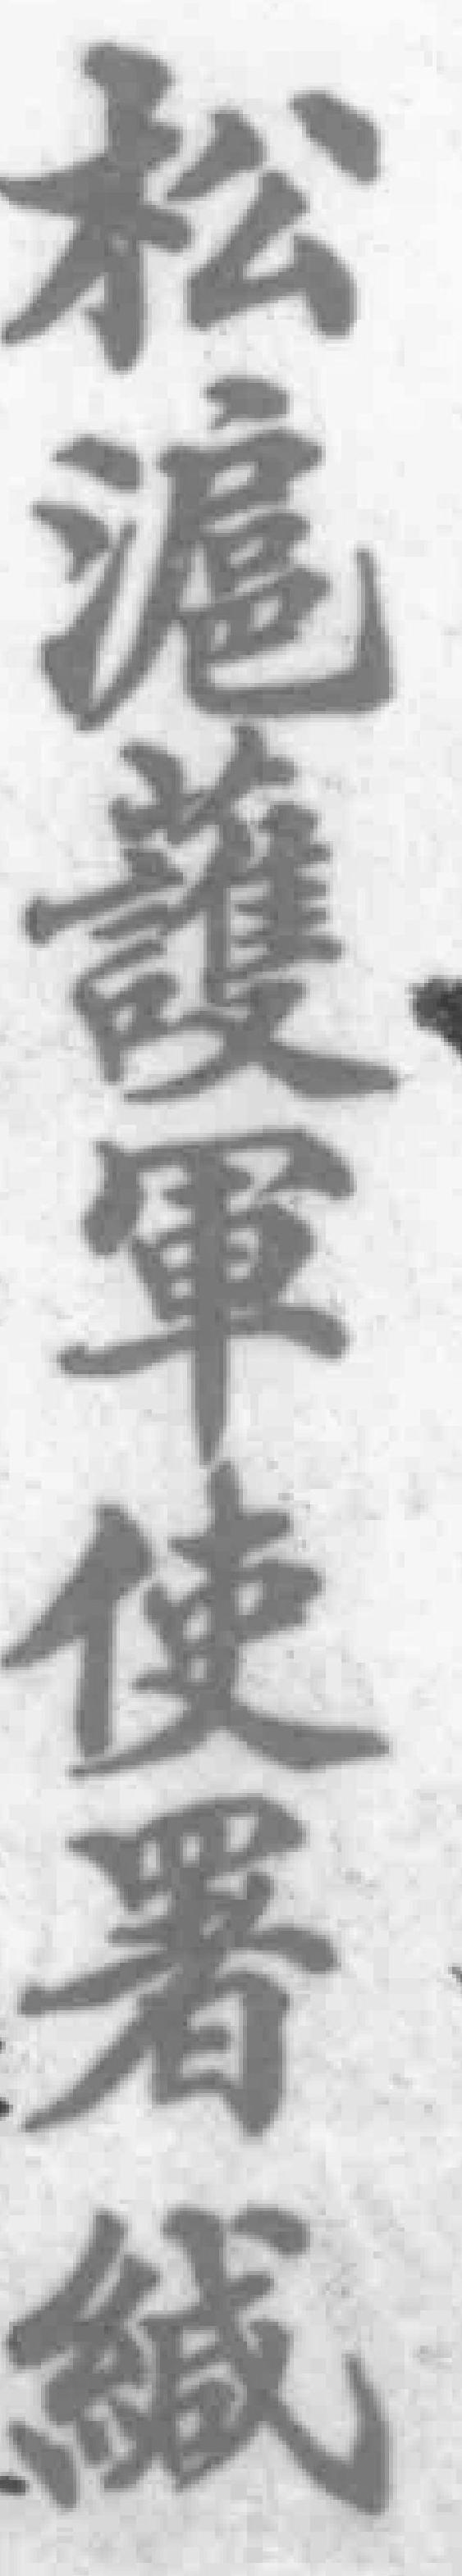
松滬護軍使署織